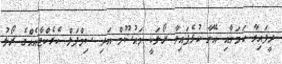
ދީފައިވާ ކަމަށާއި އޭނާ ކުޅެފައިވާ ރޯލަކީ މައުސޫމް އަދި ސިމްޕަލް ކެރެކްޓާއެއްގެ ރޯލު